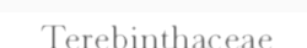
Terebinthaceae